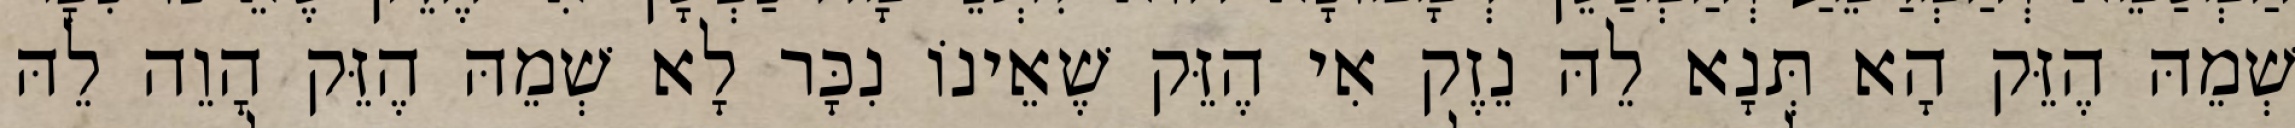
שְׁמֵהּ הֶזֵּק הָא תְּנָא לֵהּ נֵזֶק אִי הֶזֵּק שֶׁאֵינוֹ נִכָּר לָא שְׁמֵהּ הֶזֵּק הָוֵה לֵהּ